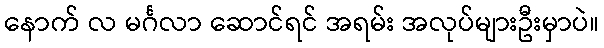
နောက် လ မင်္ဂလာ ဆောင်ရင် အရမ်း အလုပ်များဦးမှာပဲ။